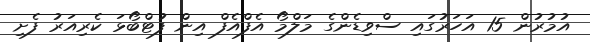
އުމުރުން 15 އަހަރުގައި ސްވިޑެންގެ މަލްމޯ އެފްއެފް އިން ފުޓްބޯޅަ ކެރިއަރު ފެށި